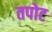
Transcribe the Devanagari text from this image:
तपोट